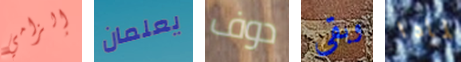
إلزامي يعلمان دوف وبقي لمادا